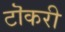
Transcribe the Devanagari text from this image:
टॊकरी